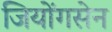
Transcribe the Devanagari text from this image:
जियोंगसेन